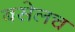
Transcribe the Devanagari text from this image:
बसेलच